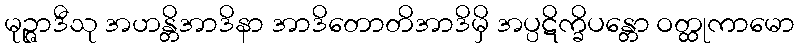
မုဉ္ဇာဒီသု အဟန္တိအာဒိနာ အာဒိတောတိအာဒိမှိ အပ္ပဋိက္ခိပန္တော ဝတ္ထုကာမော